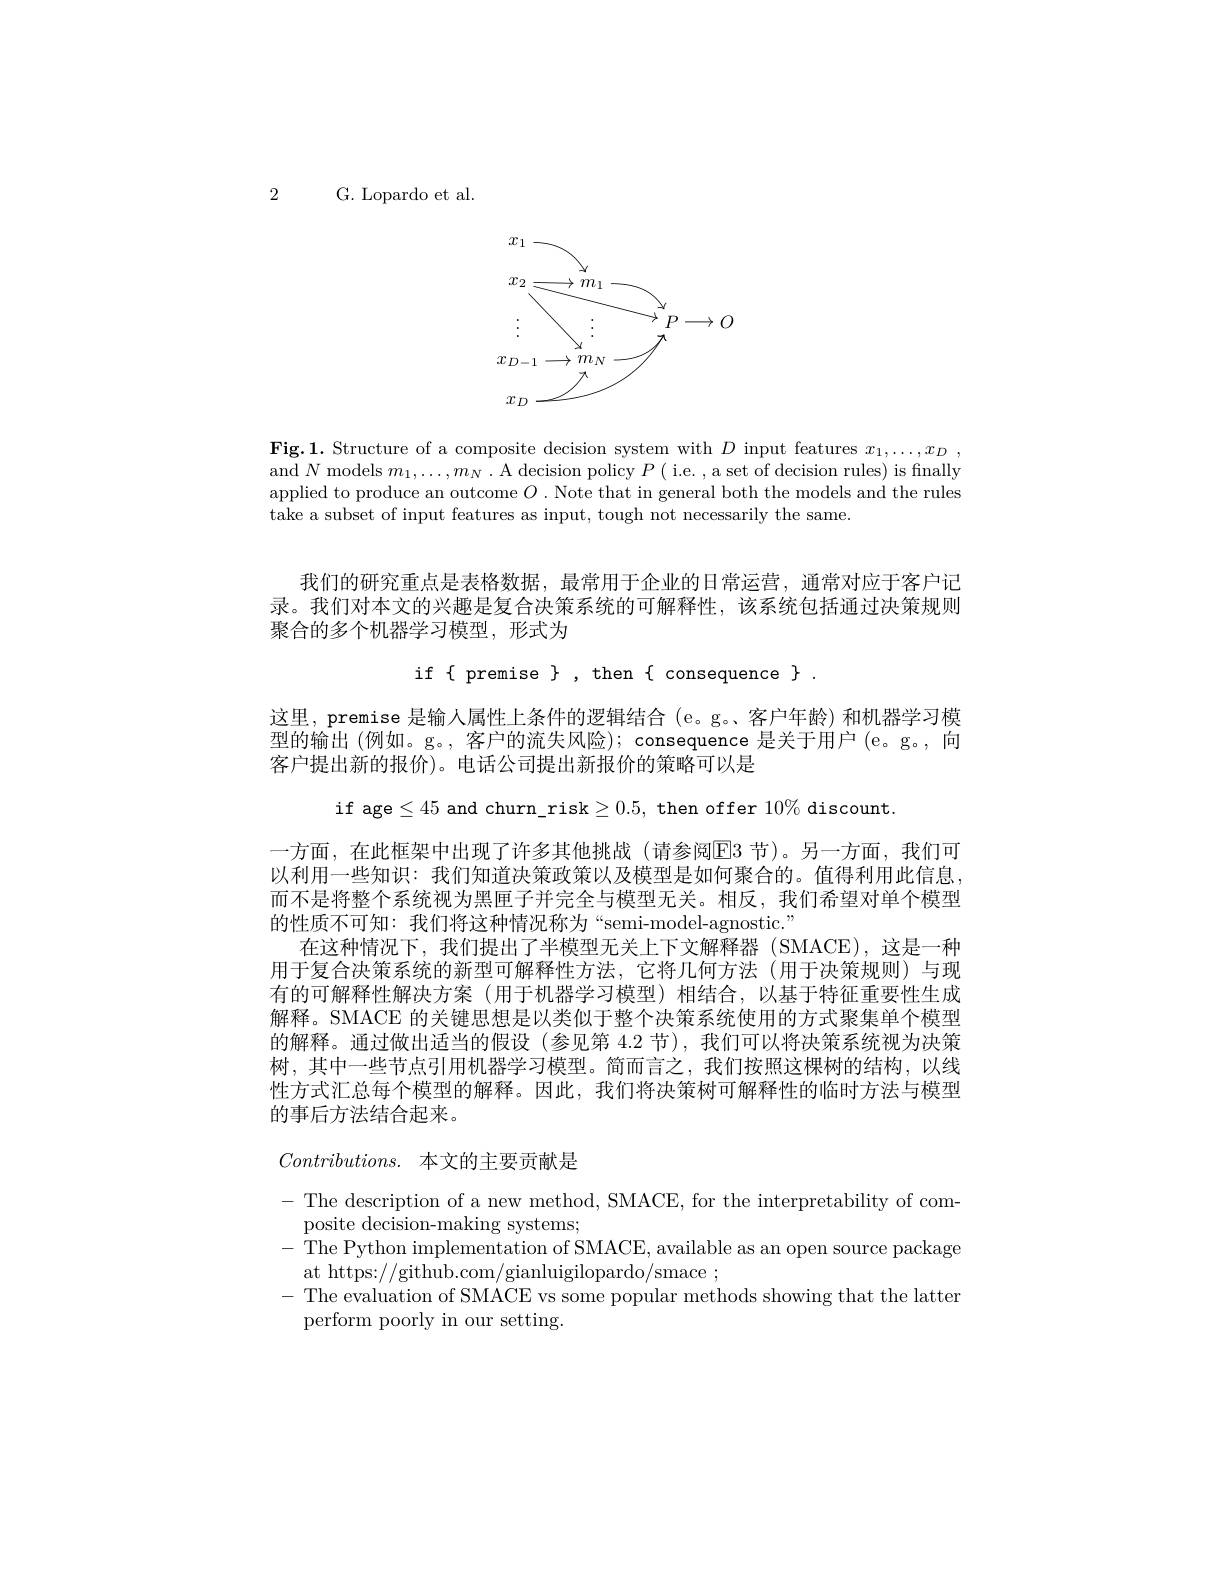
2 G. Lopardo et al.

<FigureHere>

Fig.1. Structure of a composite decision system with $D$ input features $x_1, \ldots , x_D$ , and $N$ models $m_1,\ldots,m_N$ . A decision policy $P($ i.e. , a set of decision rules) is finally applied to produce an outcome $O.$ Note that in general both the models and the rules take a subset of input features as input, tough not necessarily the same.

我们的研究重点是表格数据，最常用于企业的日常运营，通常对应于客户记录。我们对本文的兴趣是复合决策系统的可解释性，该系统包括通过决策规则聚合的多个机器学习模型，形式为
$if\{ premise \}, then{ consequence} \} .$
这里，premise 是输入属性上条件的逻辑结合(e。g。客户年龄)和机器学习模型的输出(例如。g。, 客户的流失风险); consequence 是关于用户 (e。g。, 向客户提出新的报价)。电话公司提出新报价的策略可以是
if age$\leq45$ and churn\_risk$\geq0.5$, then offer $10\%$ discount
一方面，在此框架中出现了许多其他挑战(请参阅$\boxed{\mathrm{E}}3$ 节)。另一方面，我们可以利用一些知识：我们知道决策政策以及模型是如何聚合的。值得利用此信息而不是将整个系统视为黑匣子并完全与模型无关。相反，我们希望对单个模型的性质不可知：我们将这种情况称为“semi-model-agnostic.”
在这种情况下，我们提出了半模型无关上下文解释器(SMACE),这是一种用于复合决策系统的新型可解释性方法，它将几何方法(用于决策规则)与现有的可解释性解决方案 (用于机器学习模型)相结合，以基于特征重要性生成解释。SMACE 的关键思想是以类似于整个决策系统使用的方式聚集单个模型的解释。通过做出适当的假设(参见第 4.2 节),我们可以将决策系统视为决策树，其中一些节点引用机器学习模型。简而言之，我们按照这棵树的结构，以线性方式汇总每个模型的解释。因此，我们将决策树可解释性的临时方法与模型的事后方法结合起来。
$Contributions.$ 本文的主要贡献是

-The description of a new method, SMACE, for the interpretability of com-
posite decision-making systems;
- The Python implementation of SMACE, available as an open source package
at https://github.com/gianluigilopardo/smace;
- The evaluation of SMACE vs some popular methods showing that the latter
perform poorly in our setting.